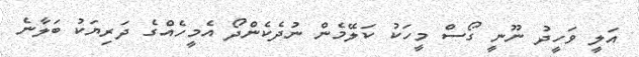
އަލީ ވަހީދު ނޫނީ ގޯސް މީހަކު ކަލޭމެން ނުދެކެންދޯ އެމީހެއްގެ ދަރިޔަކު ބަލާނެ